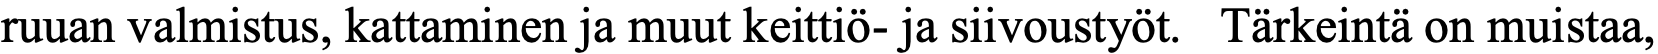
ruuan valmistus, kattaminen ja muut keittiö- ja siivoustyöt. Tärkeintä on muistaa,